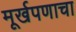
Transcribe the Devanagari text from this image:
मूर्खपणाचा